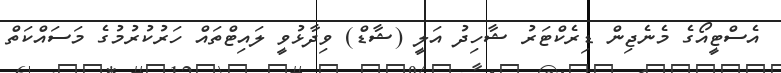
އެސްޓީއޯގެ މެނެޖިން ޑިރެކްޓަރު ޝާހިދު އަލީ (ޝާޑް) ވިދާޅުވީ ލައިޓްތައް ހަރުކުރުމުގެ މަސައްކަތް